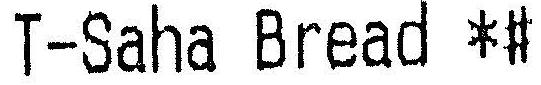
T-SAHA BREAD *#